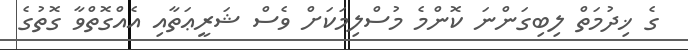
ގެ ޚިދުމަތް ލިބިގަންނަ ކޮންމެ މުސްލިމަކަށް ވެސް ޝަރީޢަތާއި އެއްގޮތްވާ ގޮތުގެ